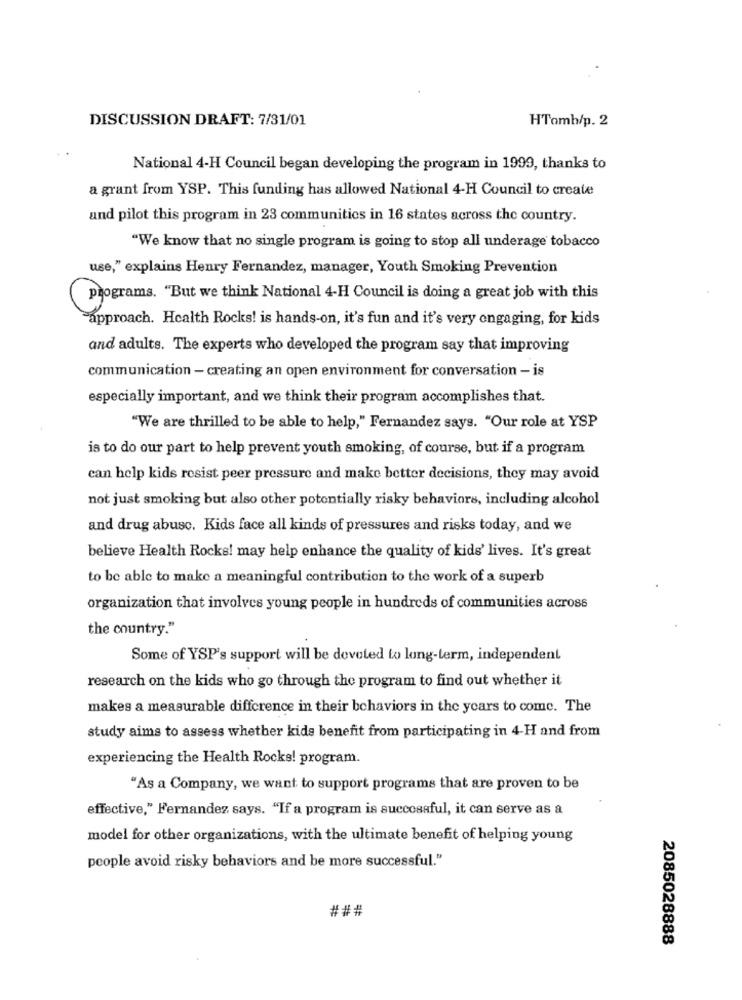
DISCUSSION DRAFT: 7/31/01
HTomb/p. 2
National 4-H Council began developing the program in 1999, thanks to
a grant from YSP. This funding has allowed National 4-H Council to create
and pilot this program in 23 communities in 16 states across the country.
"We know that no single program is going to stop all underage tobacco
use," explains Henry Fernandez, manager, Youth Smoking Prevention
programs. "But we think National 4-H Council is doing a great job with this
approach. Health Rocks! is hands-on, it's fun and it's very engaging, for kids
and adults. The experts who developed the program say that improving
communication - creating an open environment for conversation - is
especially important, and we think their program accomplishes that.
"We are thrilled to be able to help," Fernandez says. "Our role at YSP
is to do our part to help prevent youth smoking, of course, but if a program
can help kids resist peer pressure and make better decisions, they may avoid
not just smoking but also other potentially risky behaviors, including alcohol
and drug abuse. Kids face all kinds of pressures and risks today, and we
believe Health Rocks! may help enhance the quality of kids' lives. It's great
to be able to make a meaningful contribution to the work of a superb
organization that involves young people in hundreds of communities across
the country."
Some of YSP's support will be devoted to long-term, independent
research on the kids who go through the program to find out whether it
makes a measurable difference in their behaviors in the years to come. The
study aims to assess whether kids benefit from participating in 4-H and from
experiencing the Health Rocks! program.
"As a Company, we want to support programs that are proven to be
effective," Fernandez says. "If a program is successful, it can serve as a
model for other organizations, with the ultimate benefit of helping young
people avoid risky behaviors and be more successful."
###
2085028888